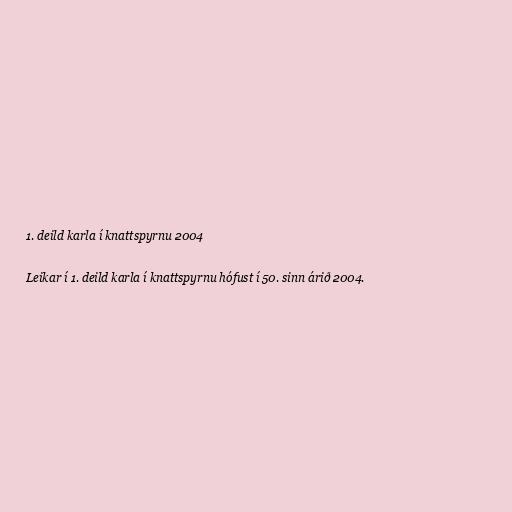
1. deild karla í knattspyrnu 2004

Leikar í 1. deild karla í knattspyrnu hófust í 50. sinn árið 2004.